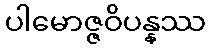
ပါမောဇ္ဇဝိပန္နဿ